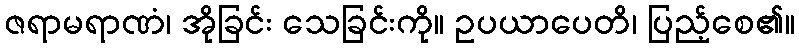
ဇရာမရာဏံ၊ အိုခြင်း သေခြင်းကို။ ဥပယာပေတိ၊ ပြည့်စေ၏။